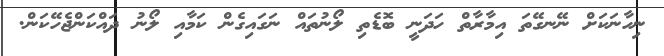
ނިހާނަކަށް ނޭނގޭތަ އިމާރާތް ހަދަނީ ބޮޑެތި ލޯނުތައް ނަގައިގެން ކަމާއި ލޯނު ދައްކަންޖެހޭކަން.